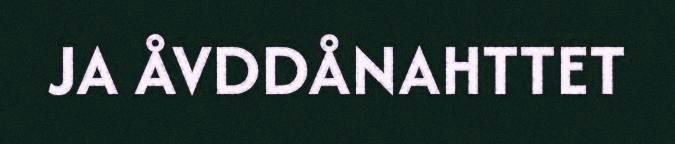
JA ÅVDDÅNAHTTET